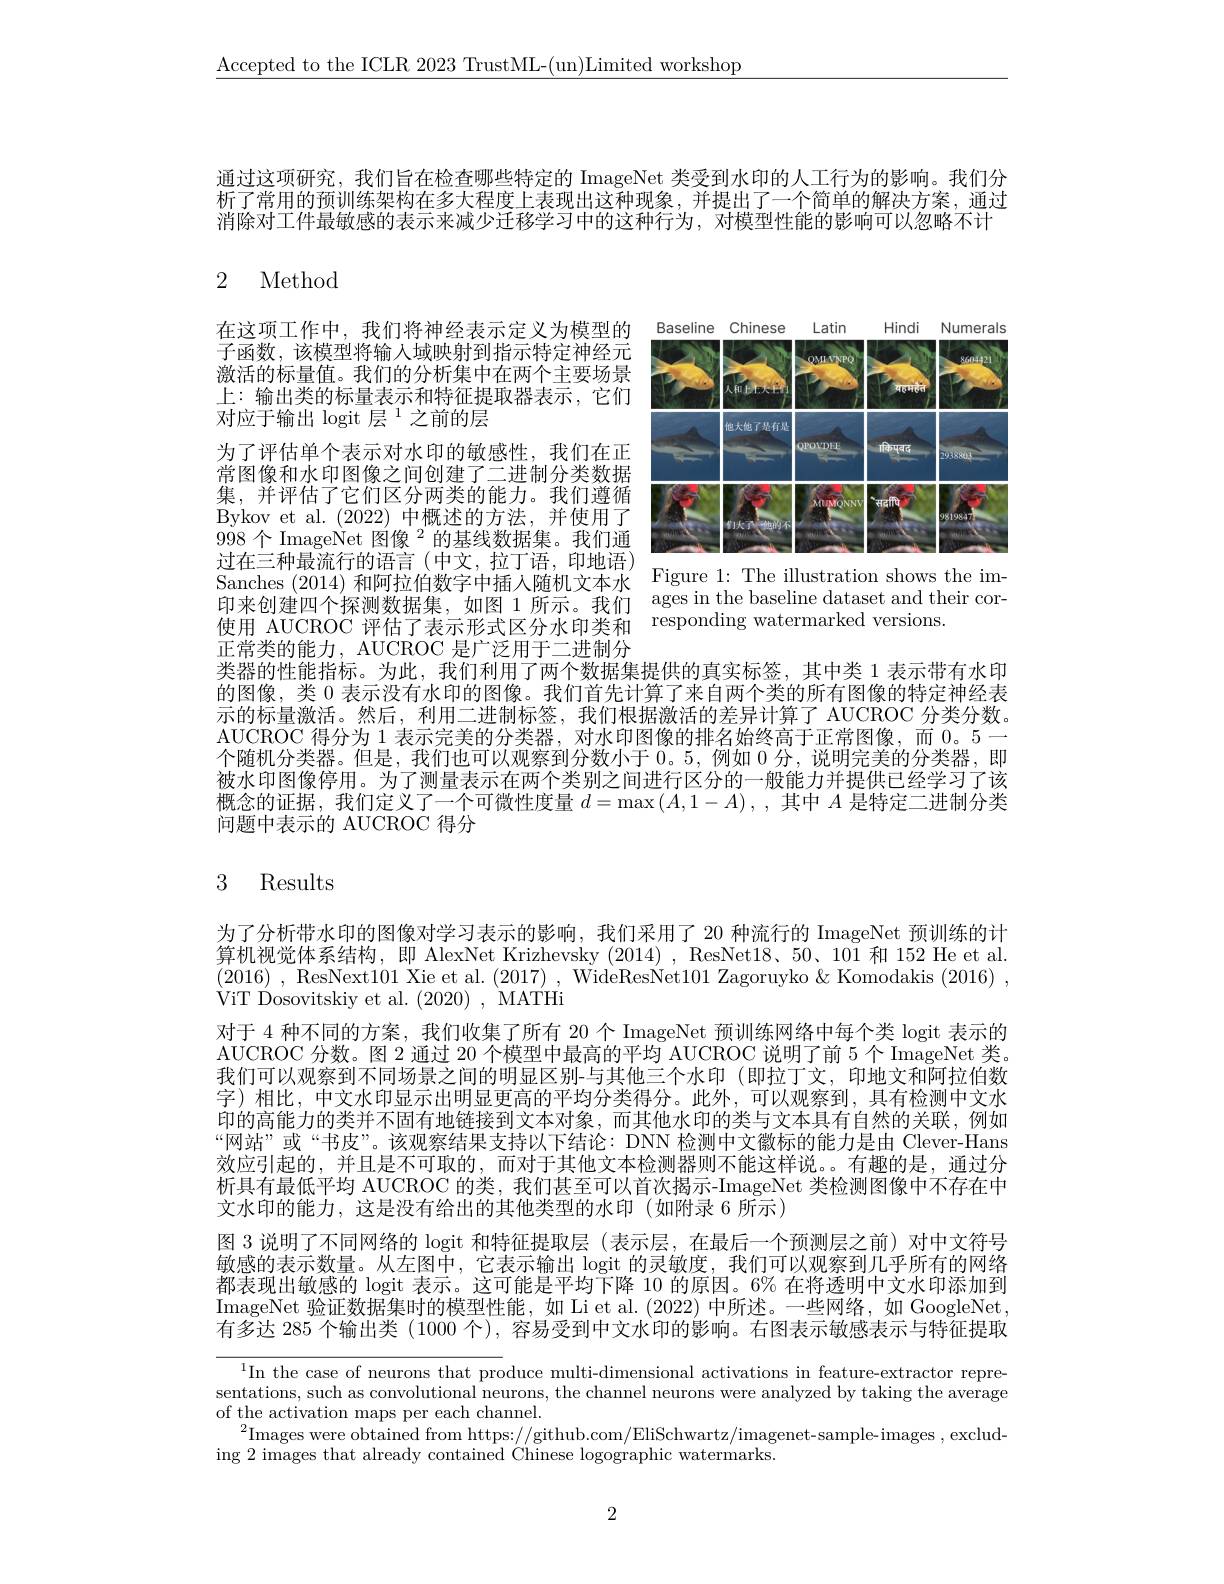
$\underline{\mathrm{Accepted~to~the~ICLR~2023~TrustML-(un)Limited~workshop}}$

通过这项研究，我们旨在检查哪些特定的 ImageNet 类受到水印的人工行为的影响。我们分析了常用的预训练架构在多大程度上表现出这种现象，并提出了一个简单的解决方案，通过消除对工件最敏感的表示来减少迁移学习中的这种行为，对模型性能的影响可以忽略不计

# 2 Method

在这项工作中，我们将神经表示定义为模型的子函数，该模型将输入域映射到指示特定神经元激活的标量值。我们的分析集中在两个主要场景上：输出类的标量表示和特征提取器表示，它们对应于输出 logit 层 $^{1}$之前的层

<FigureHere>

为了评估单个表示对水印的敏感性，我们在正常图像和水印图像之间创建了二进制分类数据集，并评估了它们区分两类的能力。我们遵循Bykov et al. (2022) 中概述的方法，并使用了$998个$ ImageNet 图像$^2$的基线数据集。我们通过在三种最流行的语言(中文，拉丁语，印地语) Sanches (2014) 和阿拉伯数字中插人随机文本水 Figure 1: The illustration shows the im印来创建四个探测数据集，如图 1 所示。我们 ages in the baseline dataset and their cor使用 AUCROC 评估了表示形式区分水印类和 responding watermarked versions.
正常类的能力，AUCROC 是广泛用于二进制分
类器的性能指标。为此，我们利用了两个数据集提供的真实标签，其中类 1 表示带有水印的图像，类0表示没有水印的图像。我们首先计算了来自两个类的所有图像的特定神经表

示的标量激活。然后，利用二进制标签，我们根据激活的差异计算了 AUCROC 分类分数。AUCROC 得分为 1 表示完美的分类器，对水印图像的排名始终高于正常图像，而 0。5一个随机分类器。但是，我们也可以观察到分数小于0。5,例如0分，说明完美的分类器，即被水印图像停用。为了测量表示在两个类别之间进行区分的一般能力并提供已经学习了该概念的证据，我们定义了一个可微性度量$d=\max\left(A,1-A\right),$,其中$A$是特定二进制分类问题中表示的 AUCROC 得分

# 3 Results

为了分析带水印的图像对学习表示的影响，我们采用了 20 种流行的 ImageNet 预训练的计算机视觉体系结构，即 AlexNet Krizhevsky (2014) , ResNet18、50、101 和 152 He et al. (2016) , ResNext101 Xie et al.(2017) , WideResNet101 Zagoruyko$\&$Komodakis(2016) , ViT Dosovitskiy et al. (2020), MATHi
对于 4 种不同的方案，我们收集了所有 20 个 ImageNet 预训练网络中每个类 logit 表示的AUCROC 分数。图 2 通过 20 个模型中最高的平均 AUCROC 说明了前 5 个 ImageNet 类。我们可以观察到不同场景之间的明显区别-与其他三个水印 (即拉丁文，印地文和阿拉伯数字)相比，中文水印显示出明显更高的平均分类得分。此外，可以观察到，具有检测中文水印的高能力的类并不固有地链接到文本对象，而其他水印的类与文本具有自然的关联，例如“网站”或“书皮”。该观察结果支持以下结论：DNN 检测中文徽标的能力是由 Clever-Hans 效应引起的，并且是不可取的，而对于其他文本检测器则不能这样说。。有趣的是，通过分析具有最低平均 AUCROC 的类，我们甚至可以首次揭示-ImageNet 类检测图像中不存在中文水印的能力，这是没有给出的其他类型的水印(如附录 6 所示)
图 3 说明了不同网络的 logit 和特征提取层 (表示层，在最后一个预测层之前)对中文符号敏感的表示数量。从左图中，它表示输出$\log$it 的灵敏度，我们可以观察到几乎所有的网络都表现出敏感的 logit 表示。这可能是平均下降 10 的原因。6% 在将透明中文水印添加到ImageNet 验证数据集时的模型性能，如 Li et al. (2022) 中所述。一些网络，如 GoogleNet, 有多达 285 个输出类 (1000 个), 容易受到中文水印的影响。右图表示敏感表示与特征提取

$^1$In the case of neurons that produce multi-dimensional activations in feature-extractor representations, such as convolutional neurons, the channel neurons were analyzed by taking the average of the activation maps per each channel.
$^{2}$Images were obtained from https://github.com/EliSchwartz/imagenet-sample-images , exclud-
ing 2 images that already contained Chinese logographic watermarks.

2